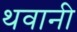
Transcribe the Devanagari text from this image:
थवानी